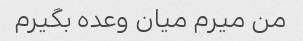
من میرم میان وعده بگیرم